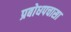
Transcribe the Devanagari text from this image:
प्रबोधपचासा